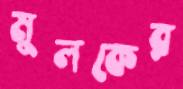
মুলকের